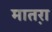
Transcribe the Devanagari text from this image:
मात़रा